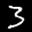
Label: 3